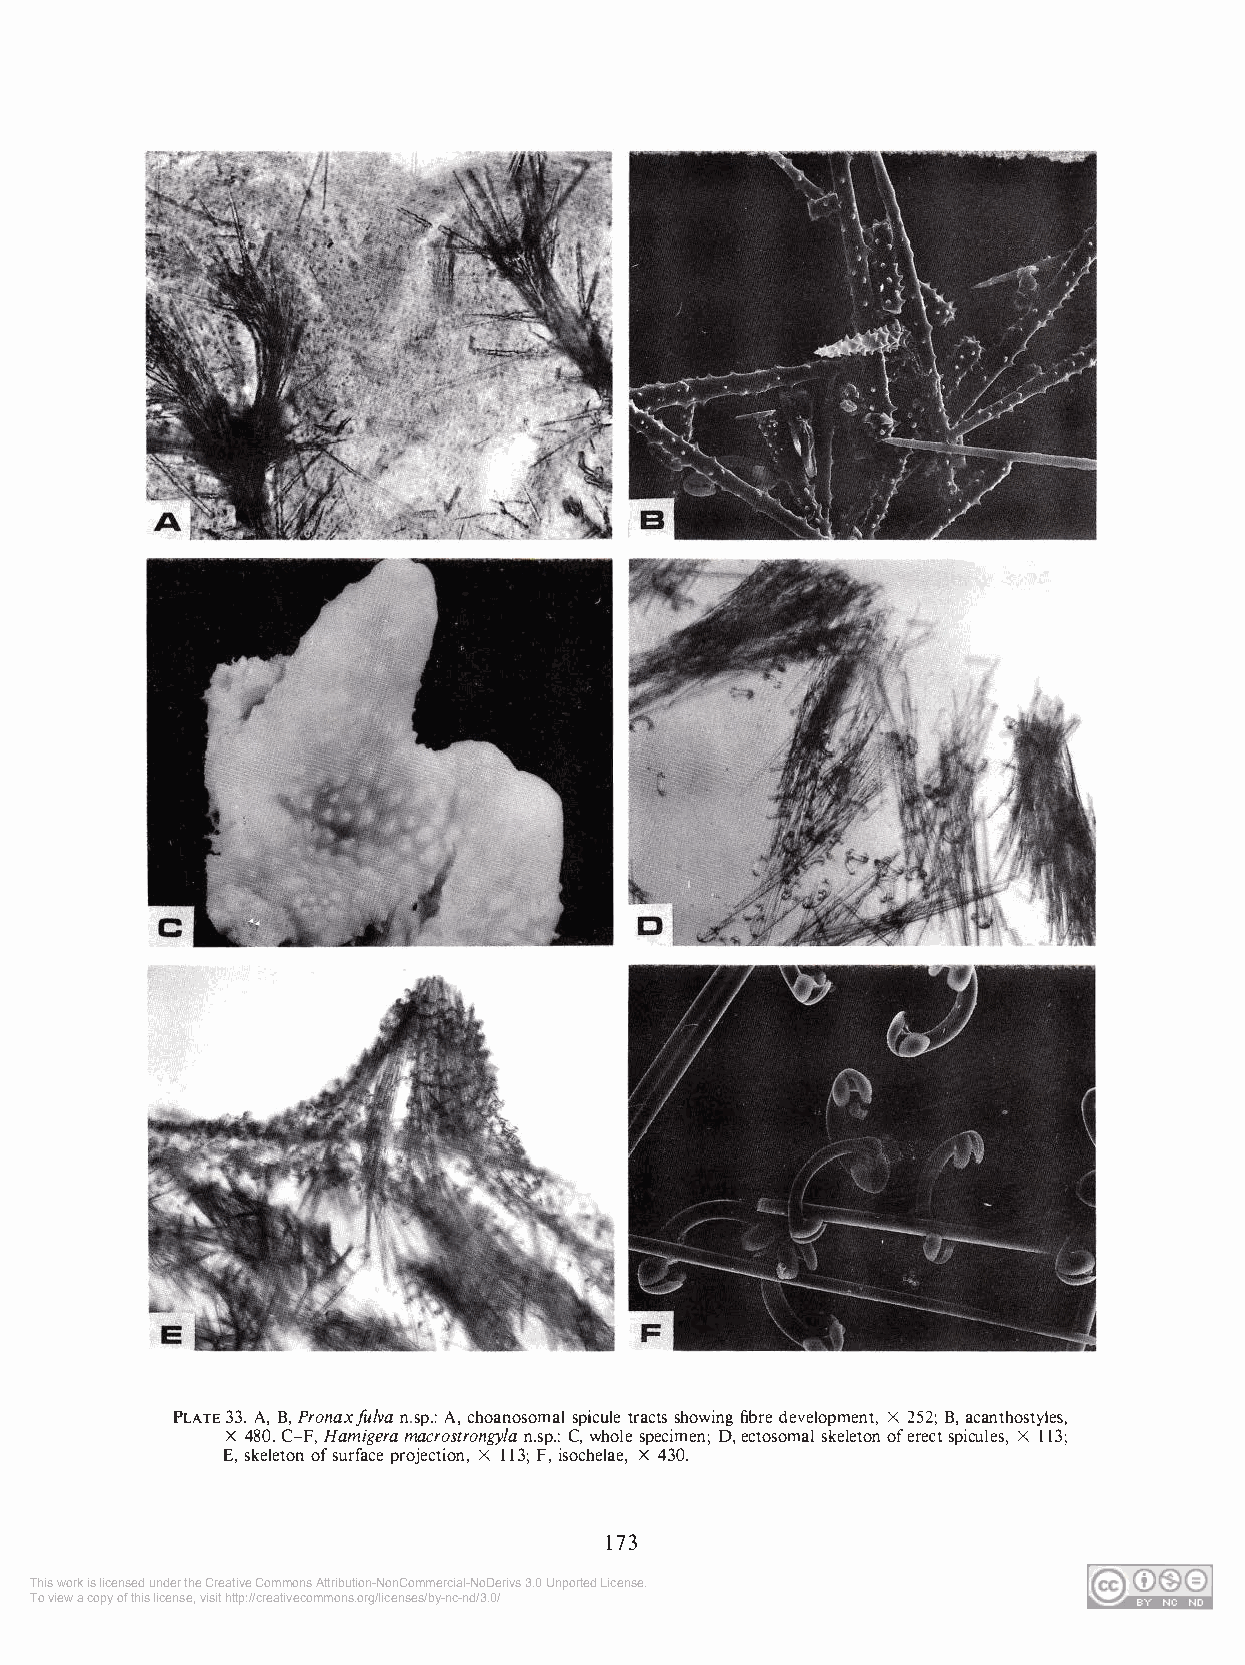
PLATE 33. A, B, Pronax fulva n.sp.: A, choanosomal spicule tracts showing fibre development, X 252; B, acanthostyles,
 X 480. C-F, Hamigera macrostrongyla n.sp.: C, whole specimen; D, ectosomal skeleton of erect spicules, X 113;
 E, skeleton of surface projection, X 113; F, isochelae, X 430.
 173
 This work is licensed under the Creative Commons Attribution-NonCommercial-NoDerivs 3.0 Unported License.
 To view a copy of this license, visit http://creativecommons.org/licenses/by-nc-nd/3.0/